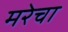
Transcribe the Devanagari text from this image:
मरेचा